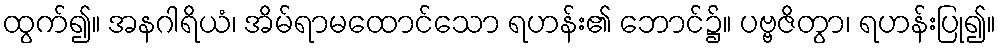
ထွက်၍။ အနဂါရိယံ၊ အိမ်ရာမထောင်သော ရဟန်း၏ ဘောင်၌။ ပဗ္ဗဇိတွာ၊ ရဟန်းပြု၍။